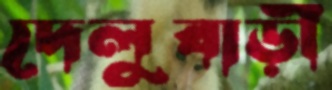
দেলুবাড়ী